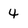
Character: 4